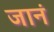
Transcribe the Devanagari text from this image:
जानं